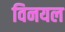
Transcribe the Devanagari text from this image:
विनयल